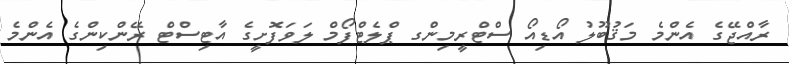
ރާއްޖޭގެ އެންމެ މަޤުބޫލު އޯޑިއޯ ސްޓްރީމިންގ ޕްލެޓްފޯމް ލަވަފޮށީގެ އާޓިސްޓް ރޭންކިންގެ އެންމެ